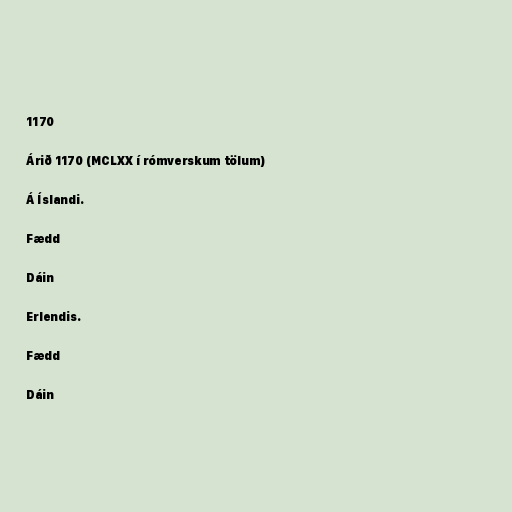
1170

Árið 1170 (MCLXX í rómverskum tölum)

Á Íslandi.

Fædd

Dáin

Erlendis.

Fædd

Dáin